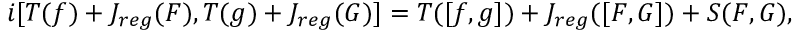
i [ { \cal T } ( f ) + { \cal J } _ { r e g } ( F ) , { \cal T } ( g ) + { \cal J } _ { r e g } ( G ) ] = { \cal T } ( [ f , g ] ) + { \cal J } _ { r e g } ( [ F , G ] ) + S ( F , G ) ,